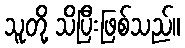
သူတို့ သိပြီးဖြစ်သည်။